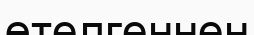
өтелгеннен